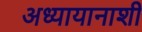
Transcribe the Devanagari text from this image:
अध्यायानाशी